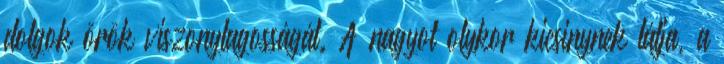
dolgok örök viszonylagosságát. A nagyot olykor kicsinynek látja, a